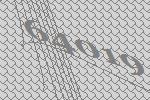
64019